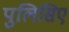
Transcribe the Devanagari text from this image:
पुलिसिए